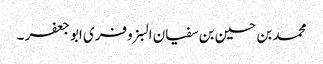
محمد بن حسین بن سفیان البزوفری ابو جعفر ۔